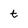
Character: t